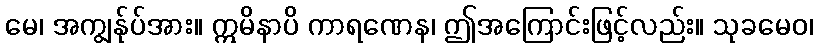
မေ၊ အကျွန်ုပ်အား။ ဣမိနာပိ ကာရဏေန၊ ဤအကြောင်းဖြင့်လည်း။ သုခမေဝ၊